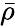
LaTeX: \bar{\rho}